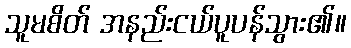
သူမစိတ် အနည်းငယ်ပူပန်သွား၏။